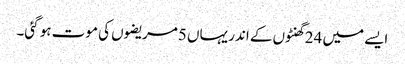
ایسے میں 24 گھنٹوں کے اندر یہاں 5مریضوں کی موت ہو گئی۔